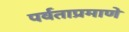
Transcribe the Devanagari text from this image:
पर्वताप्रमाणे